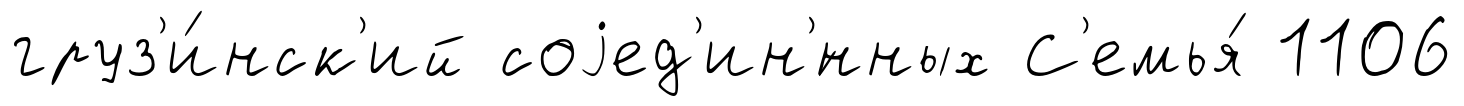
груз'и́нск'ий соjед'ин'́нных С'емья́ 1106